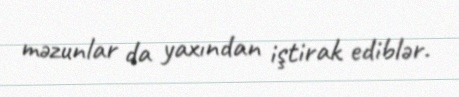
məzunlar da yaxından iştirak ediblər.